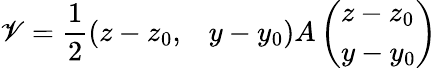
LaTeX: \mathscr{V}=\frac{{1}}{{2}}\left(\begin{array}{ll}{z-z_{0},}&{y-y_{0}}\end{array}\right)A\left(\begin{array}{l}{z-z_{0}}\\ {y-y_{0}}\end{array}\right)